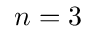
n = 3